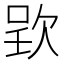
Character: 𣣆